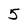
Character: 5